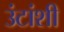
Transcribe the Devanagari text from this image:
उंटांशी